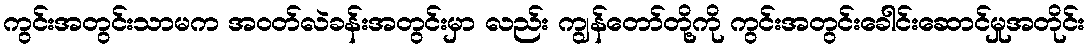
ကွင်းအတွင်းသာမက အဝတ်လဲခန်းအတွင်းမှာ လည်း ကျွန်တော်တို့ကို ကွင်းအတွင်းခေါင်းဆောင်မှုအတိုင်း